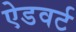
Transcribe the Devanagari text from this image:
ऐडवर्ट